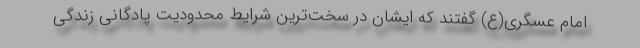
امام عسگری(ع) گفتند که ایشان در سخت‌ترین شرایط محدودیت پادگانی زندگی